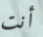
أنت